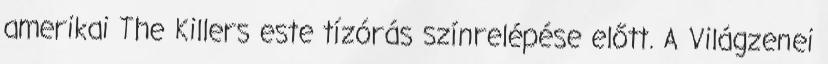
amerikai The Killers este tízórás színrelépése előtt. A Világzenei